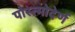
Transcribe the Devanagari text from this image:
पोस्त्मोदेर्ण